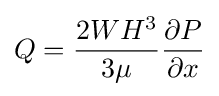
Q={\frac {2WH^{3}}{3\mu }}{\frac {\partial P}{\partial x}}